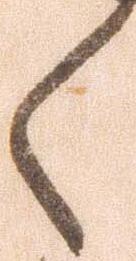
く